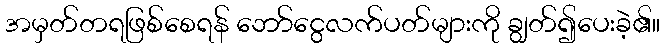
အမှတ်တရဖြစ်စေရန် ဘော်ငွေလက်ပတ်များကို ချွတ်၍ပေးခဲ့၏။